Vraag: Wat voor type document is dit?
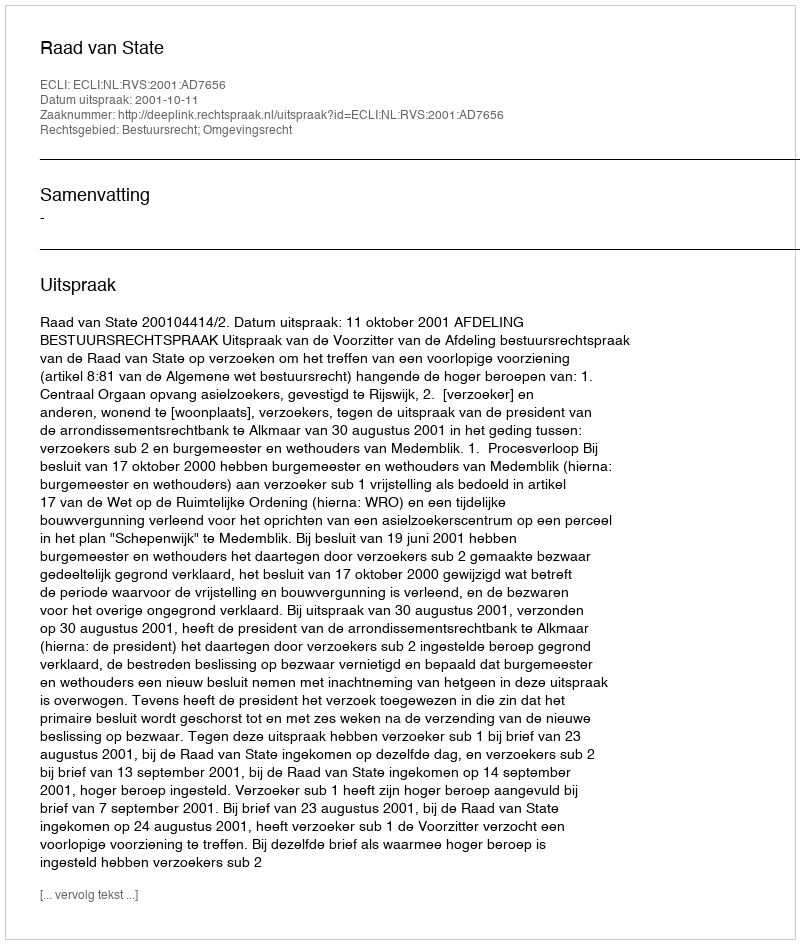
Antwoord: Uitspraak